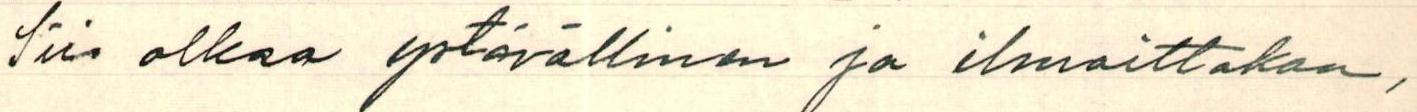
Siis olkaa ystävällinen ja ilmoittakaa,